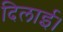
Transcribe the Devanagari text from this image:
दिलार्इ।